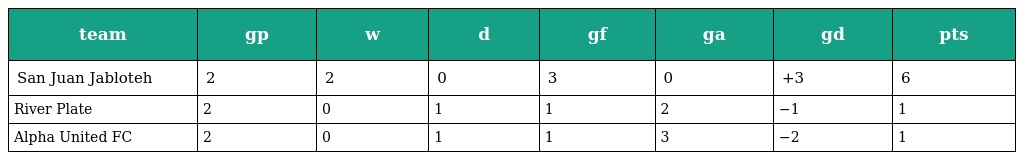
| team | gp | w | d | gf | ga | gd | pts |
 | --- | --- | --- | --- | --- | --- | --- | --- |
 | San Juan Jabloteh | 2 | 2 | 0 | 3 | 0 | +3 | 6 |
 | River Plate | 2 | 0 | 1 | 1 | 2 | −1 | 1 |
 | Alpha United FC | 2 | 0 | 1 | 1 | 3 | −2 | 1 |